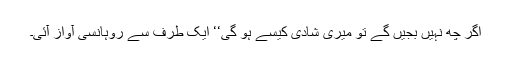
اگر چھ نہیں بجیں گے تو میری شادی کیسے ہو گی‘‘ ایک طرف سے روہانسی آواز آئی۔